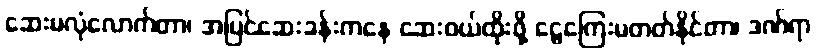
ဆေးမလုံလောက်တာ၊ အပြင်ဆေးခန်းကနေ ဆေးဝယ်ထိုးဖို့ ငွေကြေးမတတ်နိုင်တာ၊ ဒဏ်ရာ